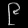
Digit: ၉